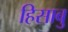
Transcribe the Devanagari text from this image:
हिसाबु